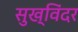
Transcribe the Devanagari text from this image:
सुख्विंदर